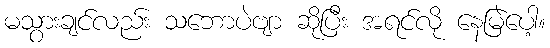
မသွားချင်လည်း သဘောပဲဗျာ ဆိုပြီး အရင်လို နေမြဲပေါ့။